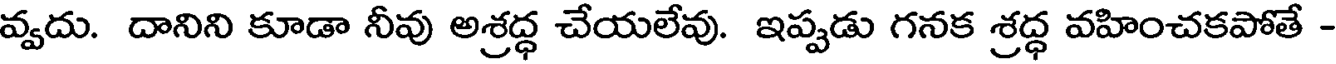
వ్వదు. దానిని కూడా నీవు అశ్రద్ధ చేయలేవు. ఇప్పడు గనక శ్రద్ధ వహించకపోతే -